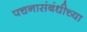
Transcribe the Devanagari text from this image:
पचनासंबंधीच्या